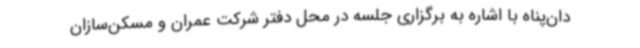
دان‌پناه با اشاره به برگزاری جلسه در محل دفتر شرکت عمران و مسکن‌سازان